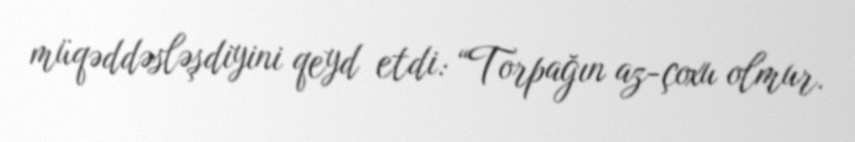
müqəddəsləşdiyini qeyd etdi: “Torpağın az-çoxu olmur.